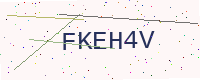
Text: FKEH4V